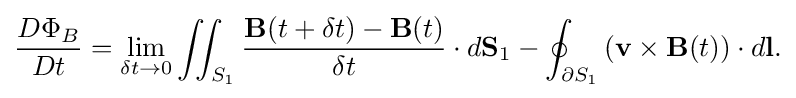
{\begin{aligned}{\frac {D\Phi _{B}}{Dt}}=\lim _{\delta t\to 0}\iint _{S_{1}}{\frac {\mathbf {B} (t+\delta t)-\mathbf {B} (t)}{\delta t}}\cdot d\mathbf {S} _{1}-\oint _{\partial S_{1}}\left(\mathbf {v} \times \mathbf {B} (t)\right)\cdot d\mathbf {l} .\end{aligned}}